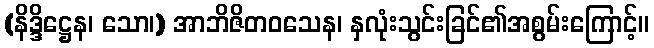
(နိဒ္ဒိဋ္ဌေန၊ သော၊) အာဘိဇိတဝသေန၊ နှလုံးသွင်းခြင်၏အစွမ်းကြောင့်။